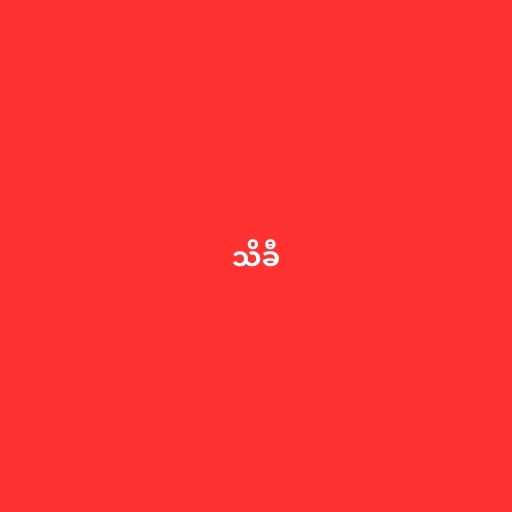
သိခီ